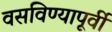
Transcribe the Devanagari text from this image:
वसविण्यापूर्वी